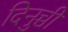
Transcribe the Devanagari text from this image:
दिनुच्ची